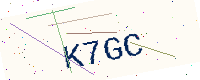
Text: K7GC